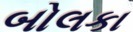
બોલકા